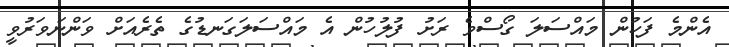
އެންމެ ފަހުން މައްސަލަ ގޯސްވެ ރަށު ފުލުހުން އެ މައްސަލަގަނޑުގެ ތެރެއަށް ވަންނަވަރުވީ